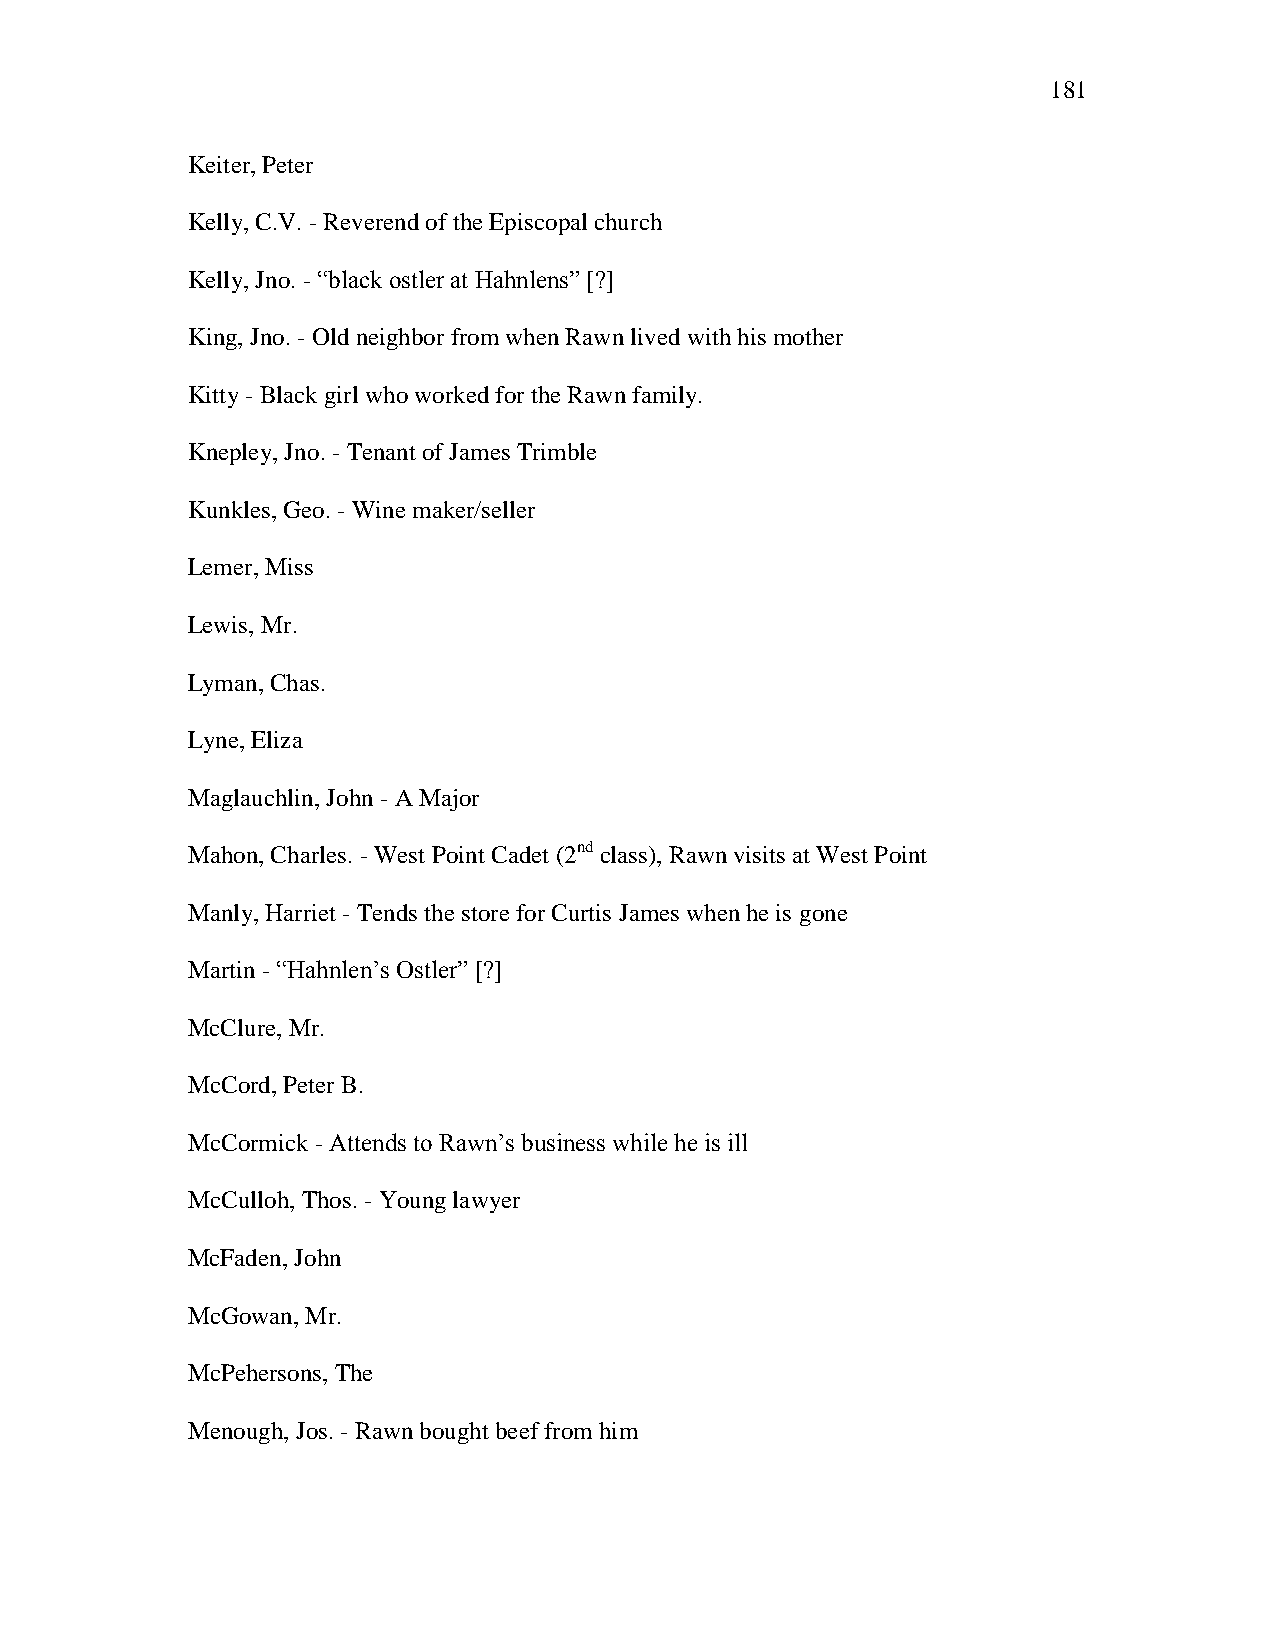
181
 Keiter, Peter
 Kelly, C.V. - Reverend of the Episcopal church
 Kelly, Jno. - ―black ostler at Hahnlens‖ [?]
 King, Jno. - Old neighbor from when Rawn lived with his mother
 Kitty - Black girl who worked for the Rawn family.
 Knepley, Jno. - Tenant of James Trimble
 Kunkles, Geo. - Wine maker/seller
 Lemer, Miss
 Lewis, Mr.
 Lyman, Chas.
 Lyne, Eliza
 Maglauchlin, John - A Major
 Mahon, Charles. - West Point Cadet (2nd class), Rawn visits at West Point
 Manly, Harriet - Tends the store for Curtis James when he is gone
 Martin - ―Hahnlen‘s Ostler‖ [?]
 McClure, Mr.
 McCord, Peter B.
 McCormick - Attends to Rawn‘s business while he is ill
 McCulloh, Thos. - Young lawyer
 McFaden, John
 McGowan, Mr.
 McPehersons, The
 Menough, Jos. - Rawn bought beef from him